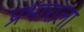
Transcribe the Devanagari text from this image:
प्रभाराला